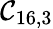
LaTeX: \mathcal{C}_{16,3}